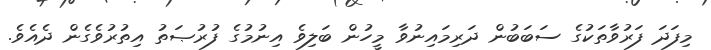
މިފަދަ ފަރުވާތަކުގެ ސަބަބުން ދަރިމައިނުވާ މީހުން ބަލިވެ އިނުމުގެ ފުރުޞަތު އިތުރުވެގެން ދެއެވެ.